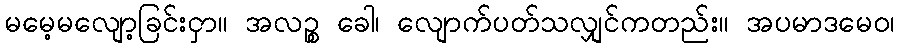
မမေ့မလျော့ခြင်းငှာ။ အလဉ္စ ခေါ၊ လျောက်ပတ်သလျှင်ကတည်း။ အပမာဒမေဝ၊